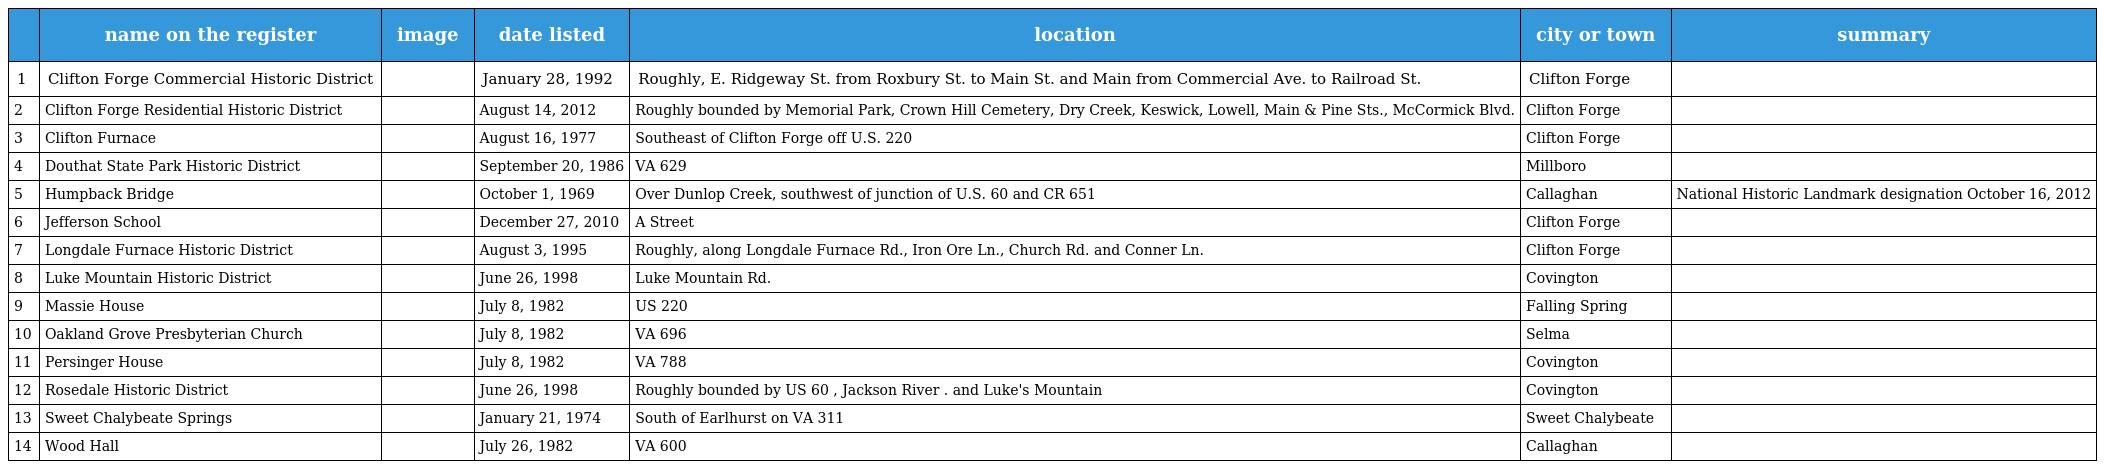
|  | name on the register | image | date listed | location | city or town | summary |
 | --- | --- | --- | --- | --- | --- | --- |
 | 1 | Clifton Forge Commercial Historic District |  | January 28, 1992 | Roughly, E. Ridgeway St. from Roxbury St. to Main St. and Main from Commercial Ave. to Railroad St. | Clifton Forge |  |
 | 2 | Clifton Forge Residential Historic District |  | August 14, 2012 | Roughly bounded by Memorial Park, Crown Hill Cemetery, Dry Creek, Keswick, Lowell, Main & Pine Sts., McCormick Blvd. | Clifton Forge |  |
 | 3 | Clifton Furnace |  | August 16, 1977 | Southeast of Clifton Forge off U.S. 220 | Clifton Forge |  |
 | 4 | Douthat State Park Historic District |  | September 20, 1986 | VA 629 | Millboro |  |
 | 5 | Humpback Bridge |  | October 1, 1969 | Over Dunlop Creek, southwest of junction of U.S. 60 and CR 651 | Callaghan | National Historic Landmark designation October 16, 2012 |
 | 6 | Jefferson School |  | December 27, 2010 | A Street | Clifton Forge |  |
 | 7 | Longdale Furnace Historic District |  | August 3, 1995 | Roughly, along Longdale Furnace Rd., Iron Ore Ln., Church Rd. and Conner Ln. | Clifton Forge |  |
 | 8 | Luke Mountain Historic District |  | June 26, 1998 | Luke Mountain Rd. | Covington |  |
 | 9 | Massie House |  | July 8, 1982 | US 220 | Falling Spring |  |
 | 10 | Oakland Grove Presbyterian Church |  | July 8, 1982 | VA 696 | Selma |  |
 | 11 | Persinger House |  | July 8, 1982 | VA 788 | Covington |  |
 | 12 | Rosedale Historic District |  | June 26, 1998 | Roughly bounded by US 60 , Jackson River . and Luke's Mountain | Covington |  |
 | 13 | Sweet Chalybeate Springs |  | January 21, 1974 | South of Earlhurst on VA 311 | Sweet Chalybeate |  |
 | 14 | Wood Hall |  | July 26, 1982 | VA 600 | Callaghan |  |